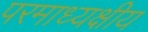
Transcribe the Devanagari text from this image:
परमाध्यक्षीय